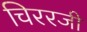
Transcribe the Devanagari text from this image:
चिररजी